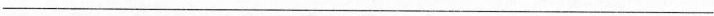
___